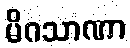
မိဂသာဏာ